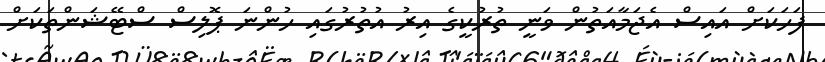
ފަހަކަށް އައިސް އެޖަމާއަތުން ވަނީ ތުރުކީގެ އިރު އުތުރުގައި ހުންނަ ޕޮލިސް ސްޓޭޝަންތަކަށް